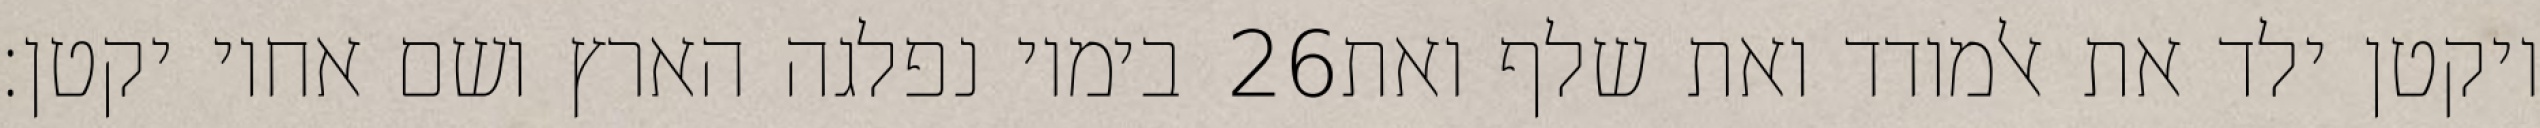
בימיו נפלגה הארץ ושם אחיו יקטן׃ ‎26‏ ויקטן ילד את אלמודד ואת שלף ואת